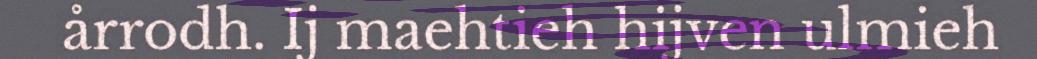
årrodh. Ij maehtieh hijven ulmieh